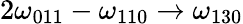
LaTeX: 2\omega_{011}-\omega_{110}\to\omega_{130}